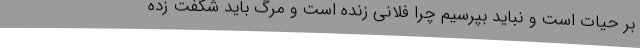
بر حیات است و نباید بپرسیم چرا فلانی زنده است و مرگ باید شگفت زده